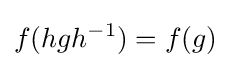
f(hgh^{-1})=f(g)